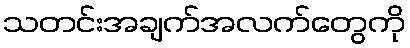
သတင်းအချက်အလက်တွေကို